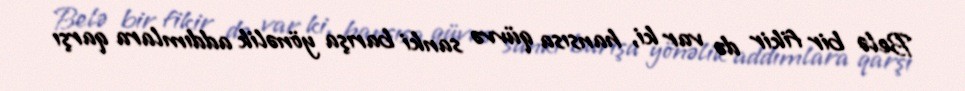
Belə bir fikir də var ki, hansısa qüvvə sanki barışa yönəlik addımlara qarşı